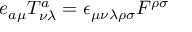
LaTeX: e _ { a \mu } T _ { \nu \lambda } ^ { a } = \epsilon _ { \mu \nu \lambda \rho \sigma } F ^ { \rho \sigma }